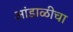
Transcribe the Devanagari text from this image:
आंडाळीचा